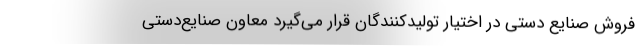
فروش صنایع دستی در اختیار تولیدکنندگان قرار می‌گیرد معاون صنایع‌دستی